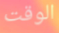
الوقت